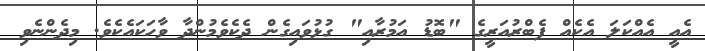
އެއީ އެއްކަލަ އެކެއް ފެބްރުއަރީގެ "ބޮޑު އަމުރާއި" ގުޅުވައިގެން ދެކެވެމުންދާ ވާހަކައެކެވެ. މިދެންނެވި